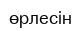
өрлесін